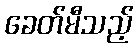
ခေတ်မီသည့်